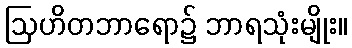
ဩဟိတဘာရော၌ ဘာရသုံးမျိုး။